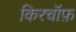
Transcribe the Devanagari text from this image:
किरचॉफ़